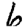
Digit: 6